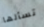
تسألها